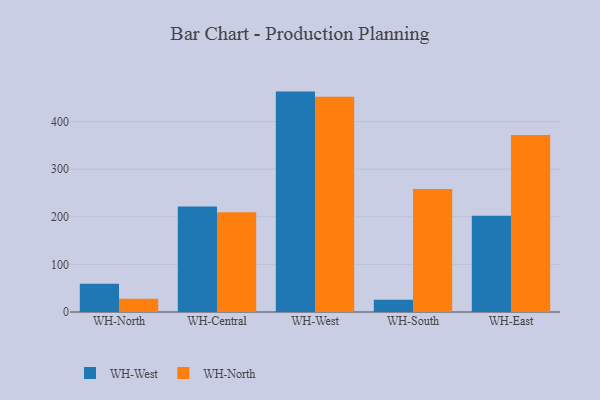
{"axis": {"x": "Warehouse", "y": "Shipments"}, "legend": ["WH-North", "WH-West"], "data": [{"x": "WH-North", "y": 59.5, "type": "WH-West"}, {"x": "WH-North", "y": 27.9, "type": "WH-North"}, {"x": "WH-Central", "y": 221.4, "type": "WH-West"}, {"x": "WH-Central", "y": 209.6, "type": "WH-North"}, {"x": "WH-West", "y": 462.9, "type": "WH-West"}, {"x": "WH-West", "y": 452.0, "type": "WH-North"}, {"x": "WH-South", "y": 25.5, "type": "WH-West"}, {"x": "WH-South", "y": 258.3, "type": "WH-North"}, {"x": "WH-East", "y": 202.3, "type": "WH-West"}, {"x": "WH-East", "y": 371.9, "type": "WH-North"}]}